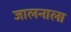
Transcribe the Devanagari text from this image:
जालनाला